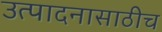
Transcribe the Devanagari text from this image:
उत्पादनासाठीच